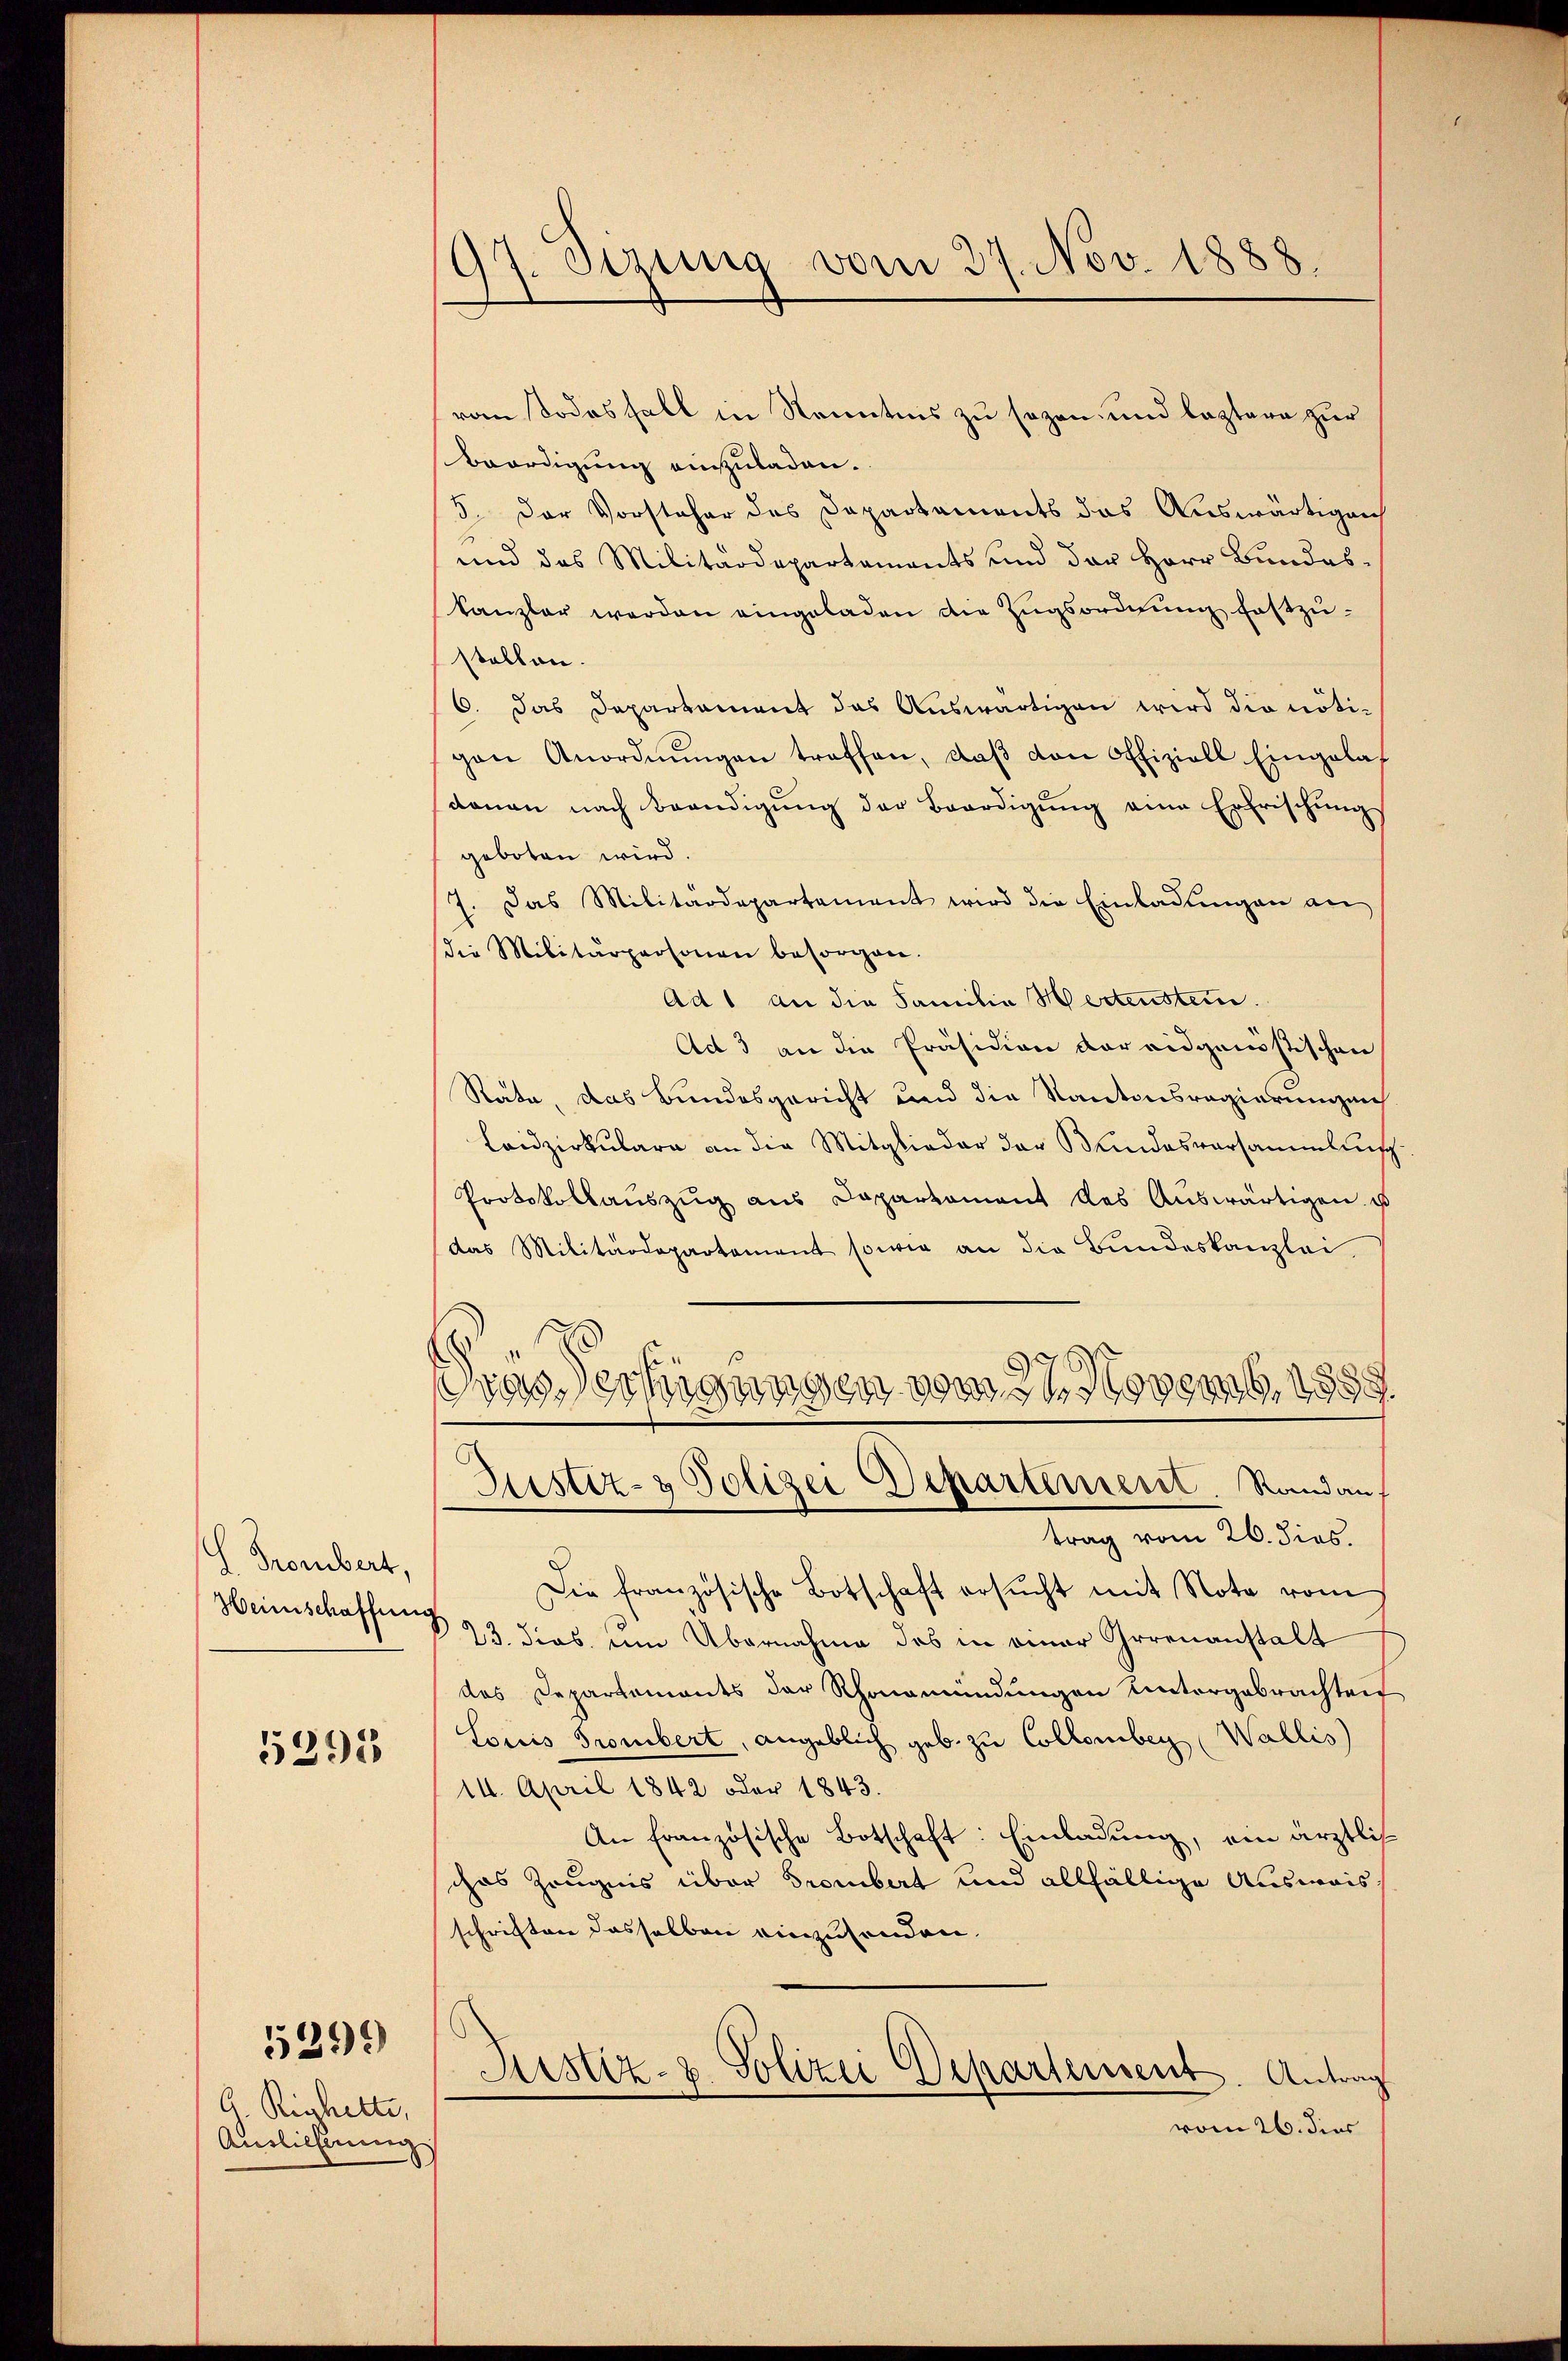
.
H. Trombert,
Heinschaffung

5395

5299)

G. Rischelte,
Auslichtung

97. Sizung vom 27. Nov. 1888.

ron Todesfall in Kenntnis zu sezen und leztere zur
Boordigung einzuladen.
5. Der Vorsteher des Departaments das Auswärtigen
und das Militärdepartaments und der Herr Bundes.
kanzler werden eingeladen die Zugsordnung festzu-
stallen
6. Das Departament das Auswärtigen wird die nötigen Anordnŭngen traffen, daß von Offiziell Eingeladoman nach Beendigŭng der Beerdigŭng eine Erfrischung
geboten wird.
7. Das Militärdepartament wird die Einladŭngen an
die Militärpersonen besorgen.
Ad 1 an die Familie Hertenstein.
Ad 3 an die Präsidion der eidgenössischen
Rate, das Bundesgericht und die Kantonsregierungen
Laidzirkulara an die Mitglieder der Bundesversammlung
Protokollaŭszŭg aŭs Dapartament des Aŭswärtigen u
das Militärdepartement sowie an die Bŭndeskanzlei.
e
Das Verfügungen vom 27. Novemb. 1888
Justiz- & Polizei Departement. Stand auf
trag vom 26. dies.
Die französische Botschaft ersŭcht mit Nota vom
23. dies um Übernahme das in einer Irrenanstalt
das Departements der Rhonamündungen Untergebrachten
Loris Grombert, angeblich geb. zu Collomber Wallis
14. April 1842 oder 1843.
An Französische Botschaft: Einladung, ein ärztlich
chas Zeugnis über Grombert und allfällige Ausweis
schriften dasselben einzusenden.
Justiz- & Polizei Departement. Antrag
vom 26. dies